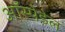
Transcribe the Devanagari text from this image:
ऑस्पेडेल